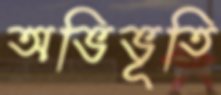
অভিভূতি